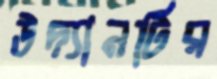
উদ্যানটির